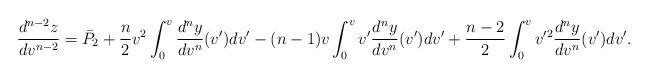
LaTeX: \begin{align*} \frac{d^{n-2}z}{dv^{n-2}}=\bar{P}_2+\frac{n}{2}v^2\int_0^v\frac{d^ny}{dv^n}(v')dv'-(n-1)v\int_0^vv'\frac{d^ny}{dv^n}(v')dv'+\frac{n-2}{2}\int_0^vv'^2\frac{d^ny}{dv^n}(v')dv'.\end{align*}